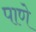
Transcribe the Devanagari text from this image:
पाणे